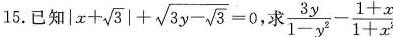
15.已知 $$| x + \sqrt { 3 } | + \sqrt { 3 y - \sqrt{ 3 } } = 0$$，求$$\frac { 3 y } { 1 - y ^{ 2 } } - \frac { 1 + x } { 1 + x ^{ 2 } }$$